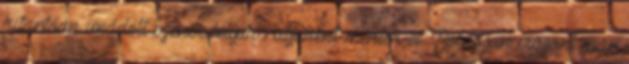
kitartóan imádott szenvedélyük rabjaként mentek el. Boldogan viszont már